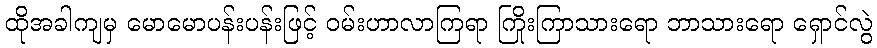
ထိုအခါကျမှ မောမောပန်းပန်းဖြင့် ဝမ်းဟာလာကြရာ ကြိုးကြာသားရော ဘာသားရော ရှောင်လွဲ